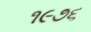
૧૯૭૬